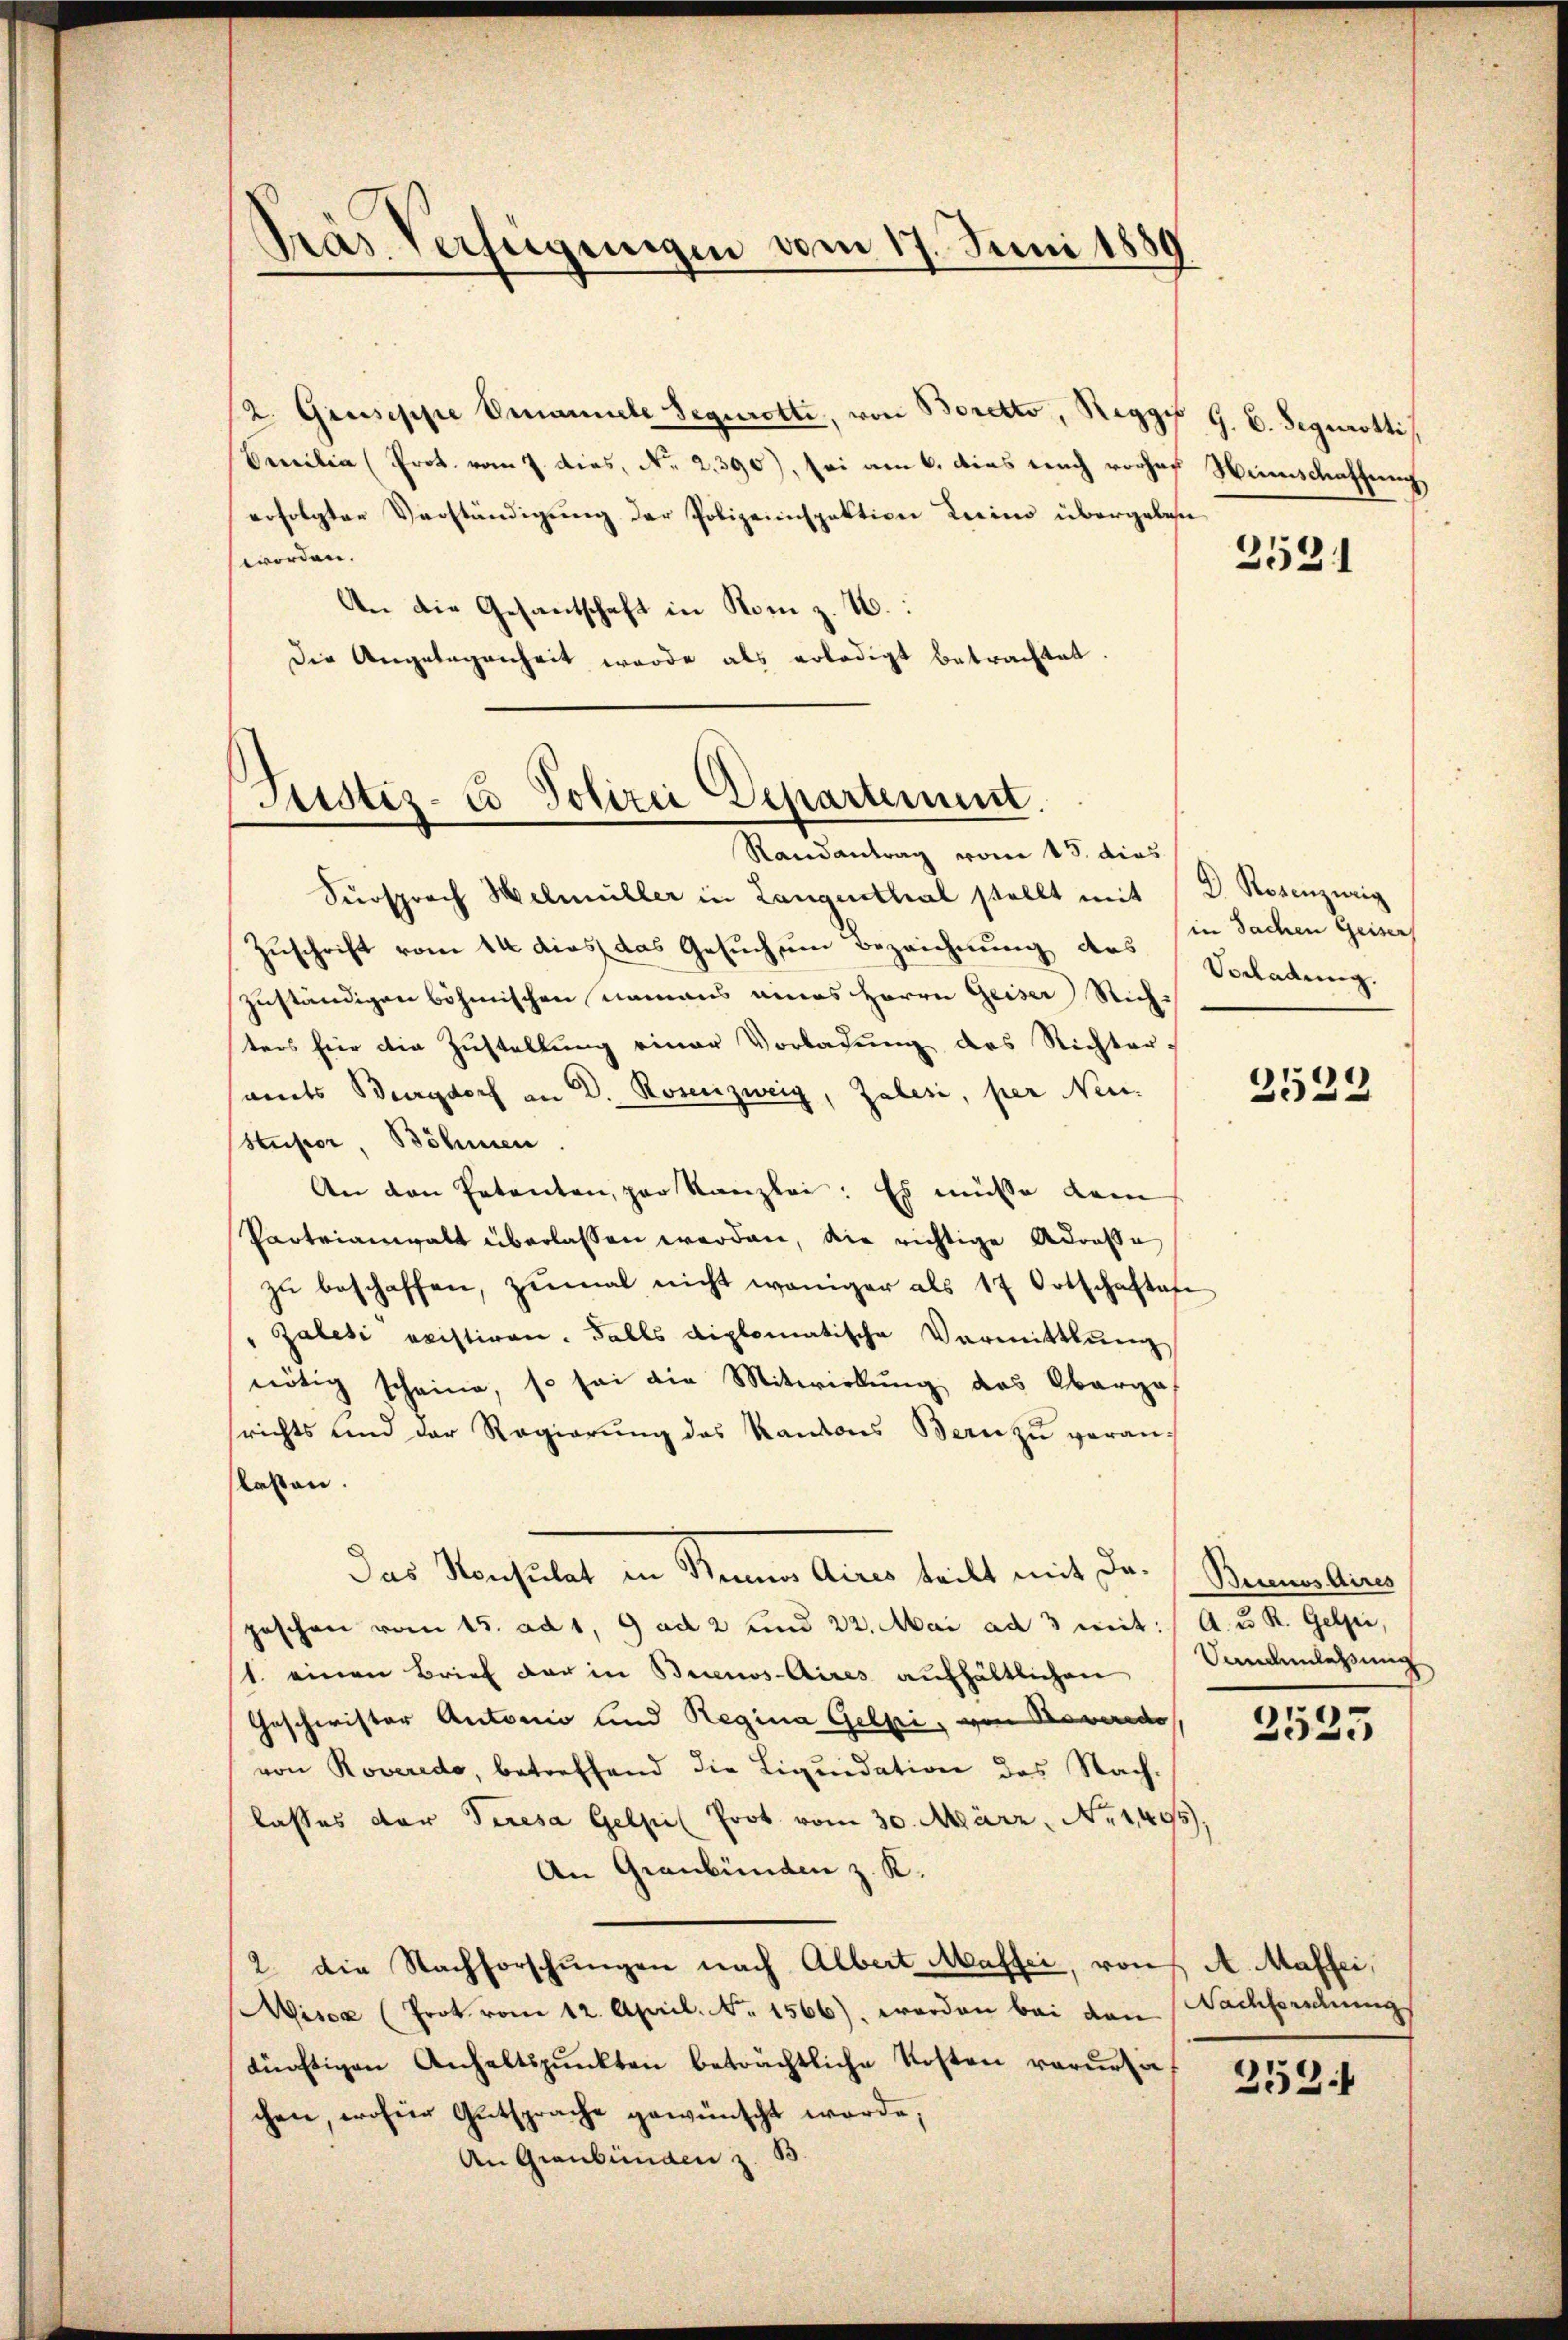
Sras Verfeigungen vom 17. Juni 1889

2. Giuseppe Emanuele Segerotte, von Boretto, Reggi G. B. Segerotti
Bereilin (Prot. vom 7. dies, No. 2390), sei am 6. dies nach vorhof Neinschaffung,
erfolgten Verständigung der Polizeiinspektion Luino übergeben
worden.
An die Gesantschaft in Kom z. B.:
Die Angelegenheit werde als erledigt betrachtet.

Justiz- & Polizei Departement.

Zuschrift vom 14 dies das Gesuch um Bezeichnung des Vorladung.
zuständigen böhmischen namens eines Herrn Geiser Richters für die Zustellung einer Vorladung des Richter-
samts Burgdorf an D. Rosenzweig, Zalesi, per Neu¬
Stupor, Böhmen.
An den Petenten, per Kanzlei: Es müsse dem
Parteianwalt überlassen werden, die richtige Adresse
zŭ beschaffen, zŭmal nicht weniger als 17 Ortschaftafe
" Zalesi existiren. Falls diplomatische Vermittlung
nötig scheine, so sei die Mitwirkung, das Oberga-
richts und der Regierung des Kantons Bern zu veran-
flasten.
Das Konsulat in Seiner Amnes teilt mit Dr. Beimelins
peschon vom 15. ad 1, 9 ad 2 und 22. Mai ad 3 mit: A. u R. Gelpi,
1. einen Brief der in Buenos-Aires aufhältlichen Sandanlaßung
Geschwister Autorio und Regina Gelpi, von Bonndo
von Roveredo, betreffend die Liquidation des Nachlasses der Seresa Gelpi Prot vom 30. März. No. 1495),
An Graubünden z. K.
2. die Nachforschungen nach Albert Masser, von A. Maffei,
Misca (Prot vom 12. April. No. 1566), worden bei den Nachbordnung
künftigen Anhaltspunkten beträchtliche Kosten verursa
chen, wofür Gutsprache gewünscht werde;
An Graubünden z. B.

Randantrag vom 15. dies
Fürsprach Helmüller in Langenthal stellt mit D. Rosenzeig

2531

in Sachen Geiser

2522

2523

253.